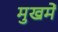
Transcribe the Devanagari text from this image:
मुखमें